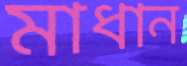
মাধান